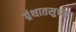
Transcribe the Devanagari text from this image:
ग्रंथातसुध्दा